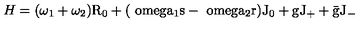
H = ( \omega _ { 1 } + \omega _ { 2 } ) \mathrm { R _ { 0 } + ( \ o m e g a _ { 1 } s - \ o m e g a _ { 2 } r ) \mathrm { J _ { 0 } + g \mathrm { J _ { + } + \bar { g } \mathrm { J _ { - } } } } }